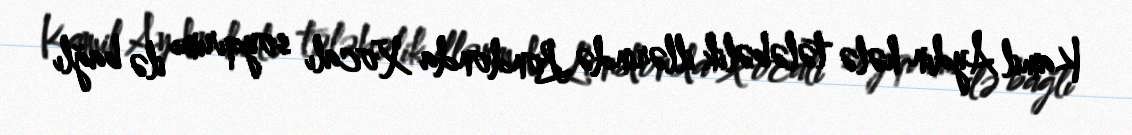
Kamil Aydın hələ tələbəlik illərində Londonda Xocalı soyqırımı ilə bağlı